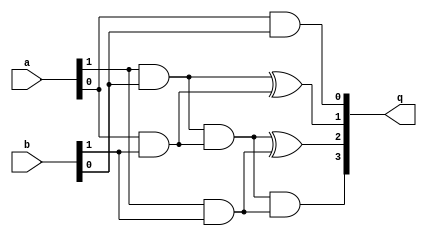
module vedic_mul_bit2(a,b,q);
    input [1:0] a,b;
    output [3:0] q;
wire [3:0]s;

assign q[0]= a[0] & b[0];
assign s[0] = a[1] & b[0];
assign s[1]= a[0] & b[1];
assign q[1] = s[0]^s[1];
assign s[2] = s[0]&s[1];
assign s[3]= a[1]&b[1];
assign q[2]= s[2]^s[3];
assign q[3]= s[2]&s[3];

endmodule